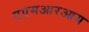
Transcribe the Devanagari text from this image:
एएमआरआय